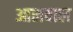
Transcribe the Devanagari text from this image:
आलवाल